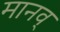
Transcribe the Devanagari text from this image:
मानव्